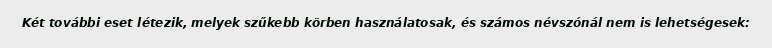
Két további eset létezik, melyek szűkebb körben használatosak, és számos névszónál nem is lehetségesek: